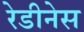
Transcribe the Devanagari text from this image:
रेडीनेस